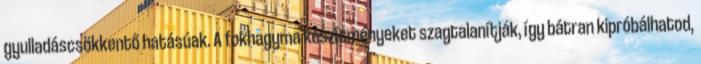
gyulladáscsökkentő hatásúak. A fokhagyma készítményeket szagtalanítják, így bátran kipróbálhatod,